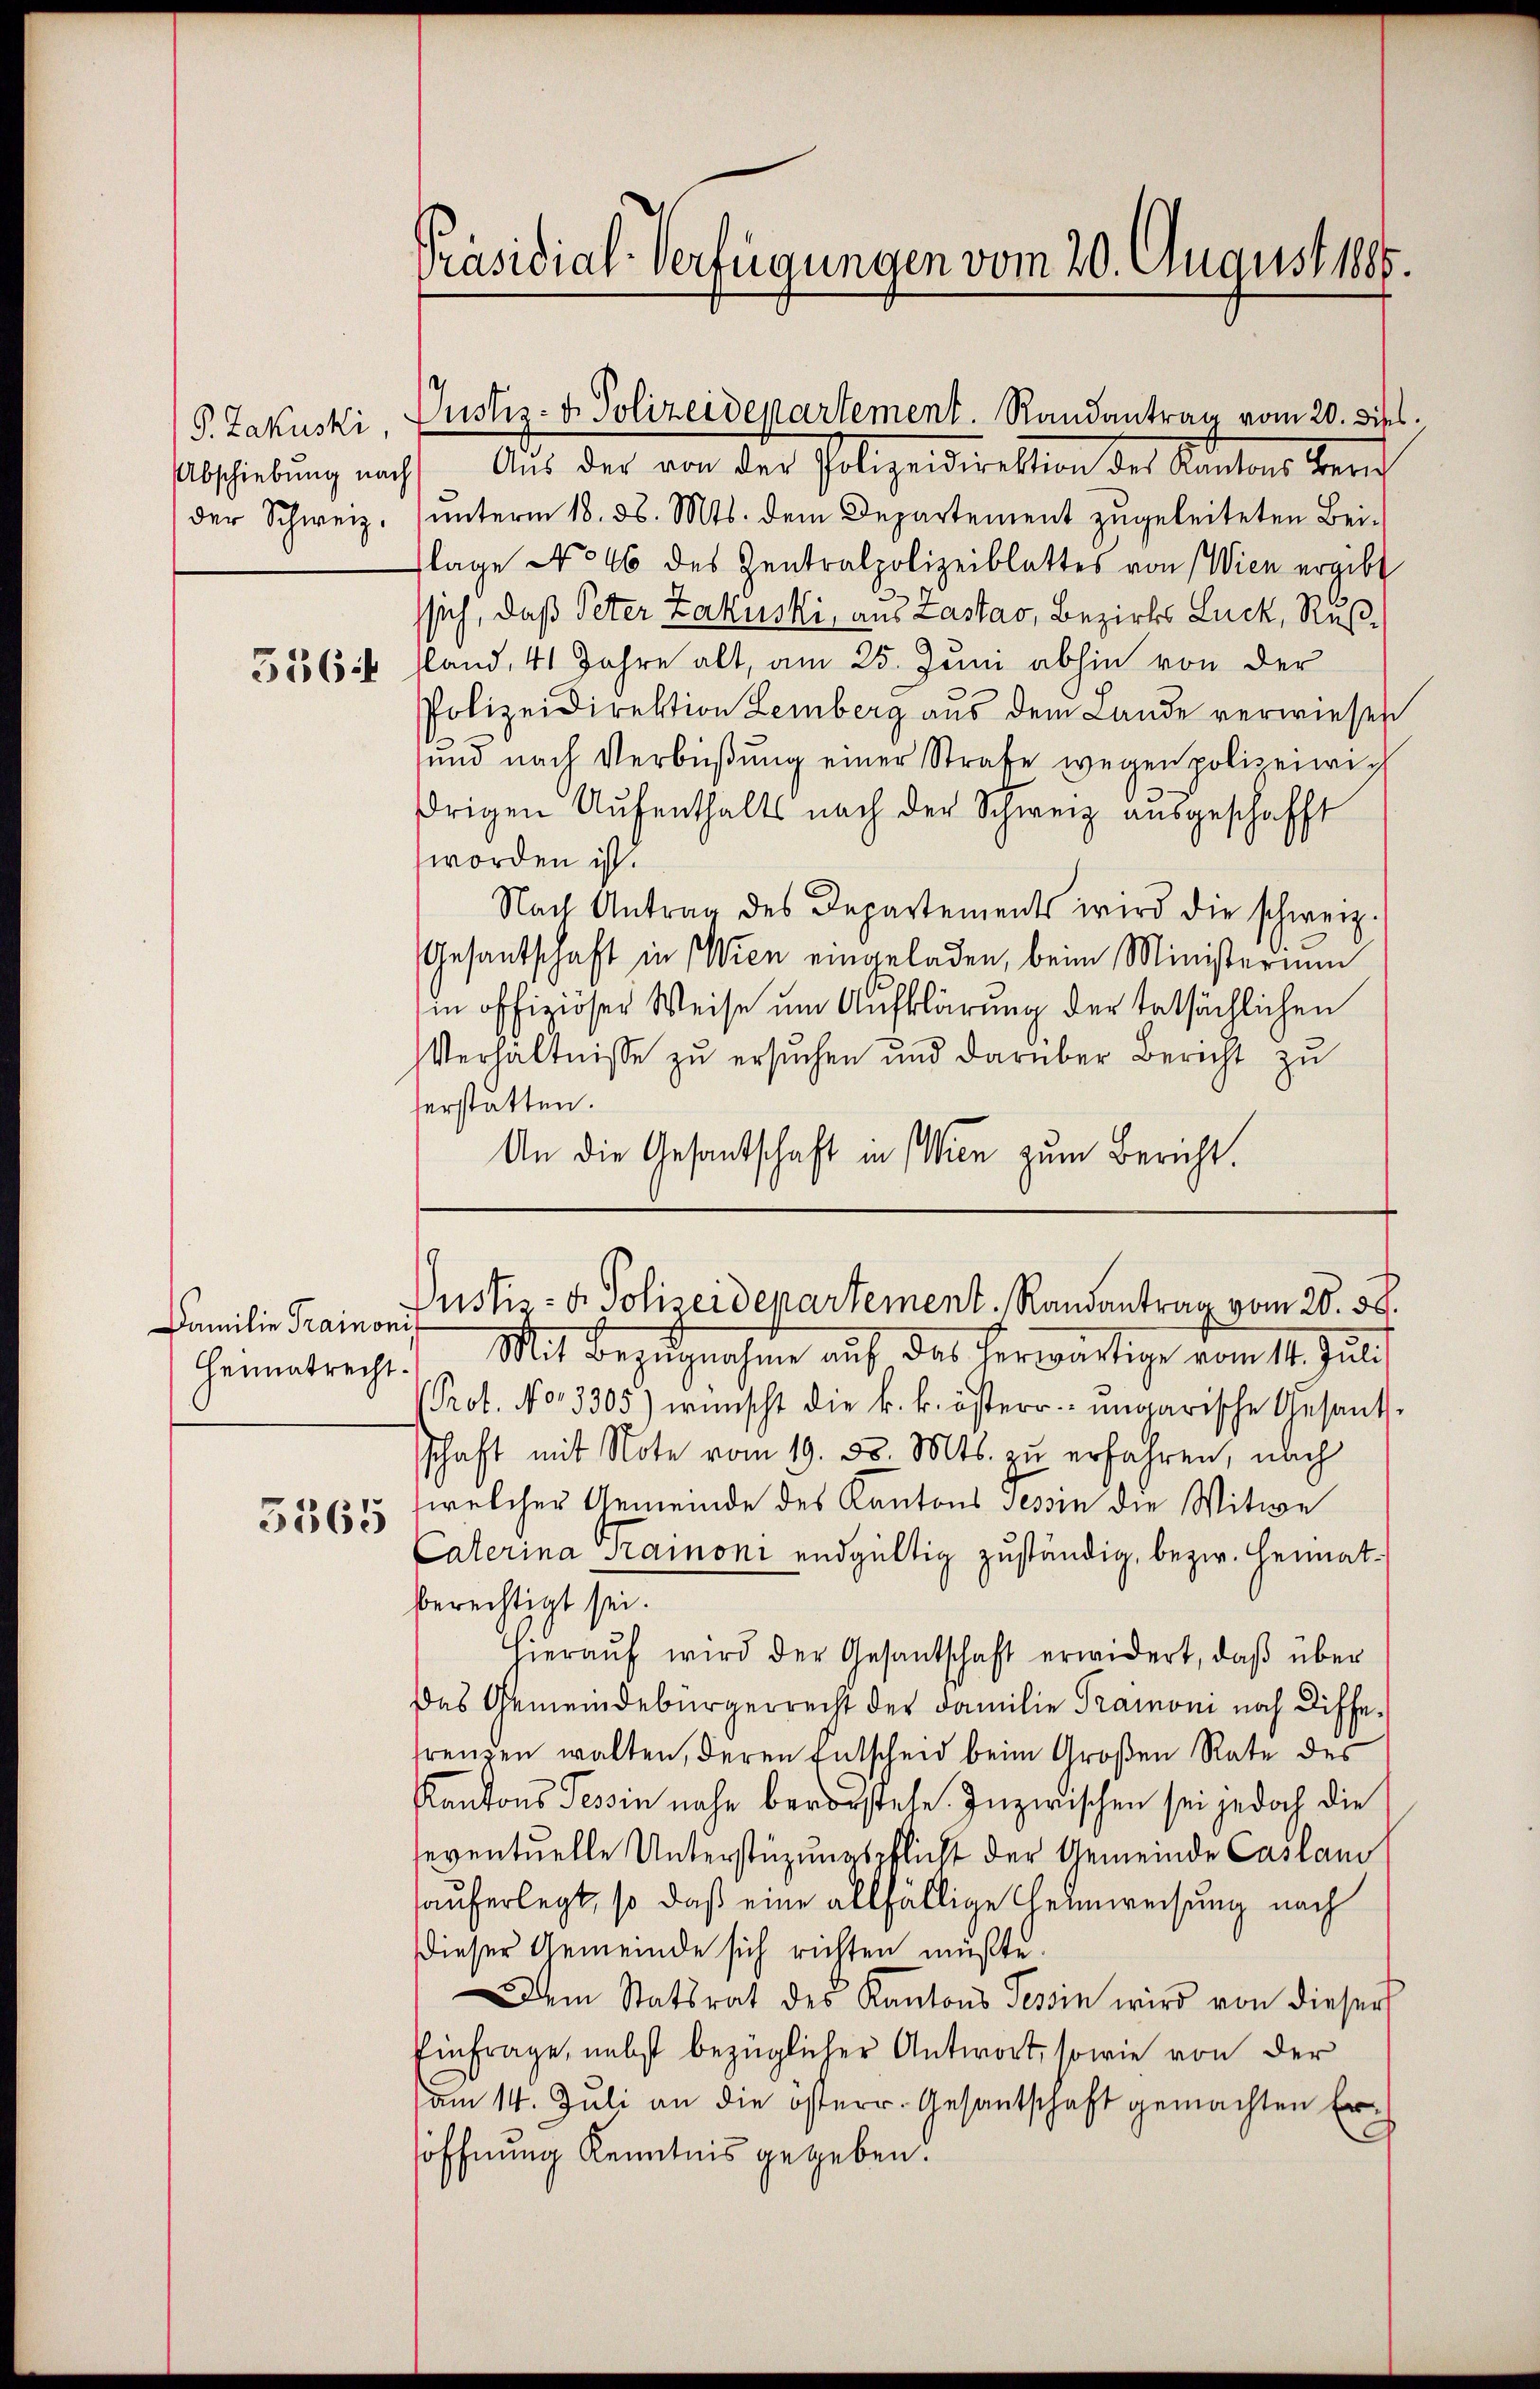
P. Zakuski,
der Schweiz.
5364

Familie Trainorif
5365

Präsidial-Verfügungen vom 20. August 1888.

abschiebung nach Aus der von der Polizeidirektion des Kantons Zürich
unterm 18. d. Mts. dem Departement zugeleiteten Bei-
flage No 46 des Zentralpolizeiblattes von Wien ergibt
ssich, daß Peter Zakuski, aus Zastas, Bezirks Luck, Rußsland, 41 Jahre alt, am 25. Juni abhin von der
Polizeidirektion Lemberg aus dem Lande verwiesen
ŭnd nach Verbüβŭng einer Strafe wegen polizei wich
drigen Aufenthalts nach der Schweiz ausgeschafft
worden ist.
Nach Antrag des Departements wird die schweiz.
Gesantschaft in Wien eingeladen, beim Ministerium
in offiziöser Weise um Aufklärung der tatsächlichen
Verhältnisse zu ersuchen und darüber Bericht zu
herstatten.
An die Gesandtschaft in Wien zum Bericht.

Justiz- & Polizeidepartement. Randantrag vom 20. dies

Justiz- & Polizeidepartement. Randantrag vom 28. 58.

heumatrecht. Mit Bezugnahme auf das herwärtige vom 11. Juli
Prot. No. 3305) wünscht die k. k. österr. ungarische Gesandschaft mit Note vom 19. d. Mts. zu erfahren, nach
welcher Gemeinde des Kantons Tessin die Witwe
Calerina Tramoni endgültig zuständig, bezw. Heimatberechtigt sei.
Hieraŭf wird der Gesantschaft erwidert, daß über
Das Gemeindebürgerrecht der Familie Praimoni noch Diffefrenzen walten, deren Entscheid beim Großen Rate des
Kantons Tessin nahe bevorstehe. Inzwischen sei jedoch die
seventuelle Unterstüzungspflicht der Gemeinde Caslan
hauferlegt, so daß eine allfällige Heimweisung nach
dieser Gemeinde sich richten müßte.
Dem Statsrat des Kantons Tessin wird von dieser
Einfrage, nebst bezüglicher Antwort, sowie von der
am 14. Jŭli an die österr. Gesantschaft gemachten Ersöffnung Kenntnis gegeben.